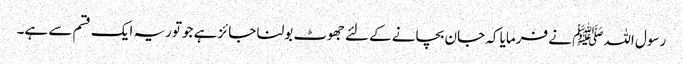
رسول اللہﷺ نے فرمایا کہ جان بچانے کےلئے جھوٹ بولنا جائز ہے جوتوریہ ایک قسم سے ہے۔